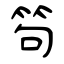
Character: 笱